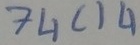
Text: 74C14